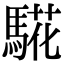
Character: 𩤉